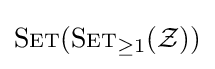
\mathrm {S\scriptstyle ET} (\mathrm {S\scriptstyle ET} _{\geq 1}({\mathcal {Z}}))